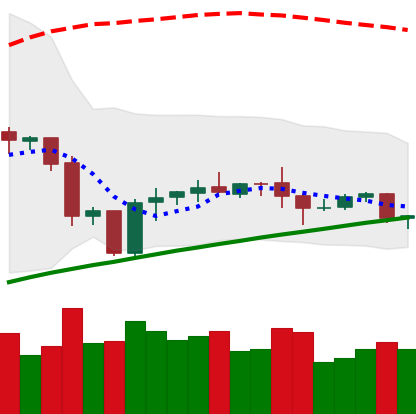
Ticker: ETH-USD
Chart end date: 2020-10-07
Forward return: 13.435%
Label: up_7plus